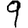
Digit: 9